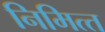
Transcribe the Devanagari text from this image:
निमित्‍त